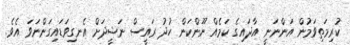
ކުރިމަތިވަމުން އަންނަނީ އާދައިގެ ކަމެއް ނޫންކަން ހުދު ރައީސް ނަޝީދަށް އެނގިވަޑައިގަންނަވަ އެވެ.